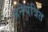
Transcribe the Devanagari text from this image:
अनॆयंत्रित